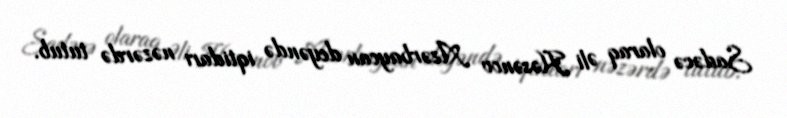
Sadəcə olaraq Əli Həsənov Azərbaycan deyəndə iqtidarı nəzərdə tutub.